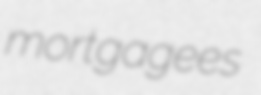
mortgagees